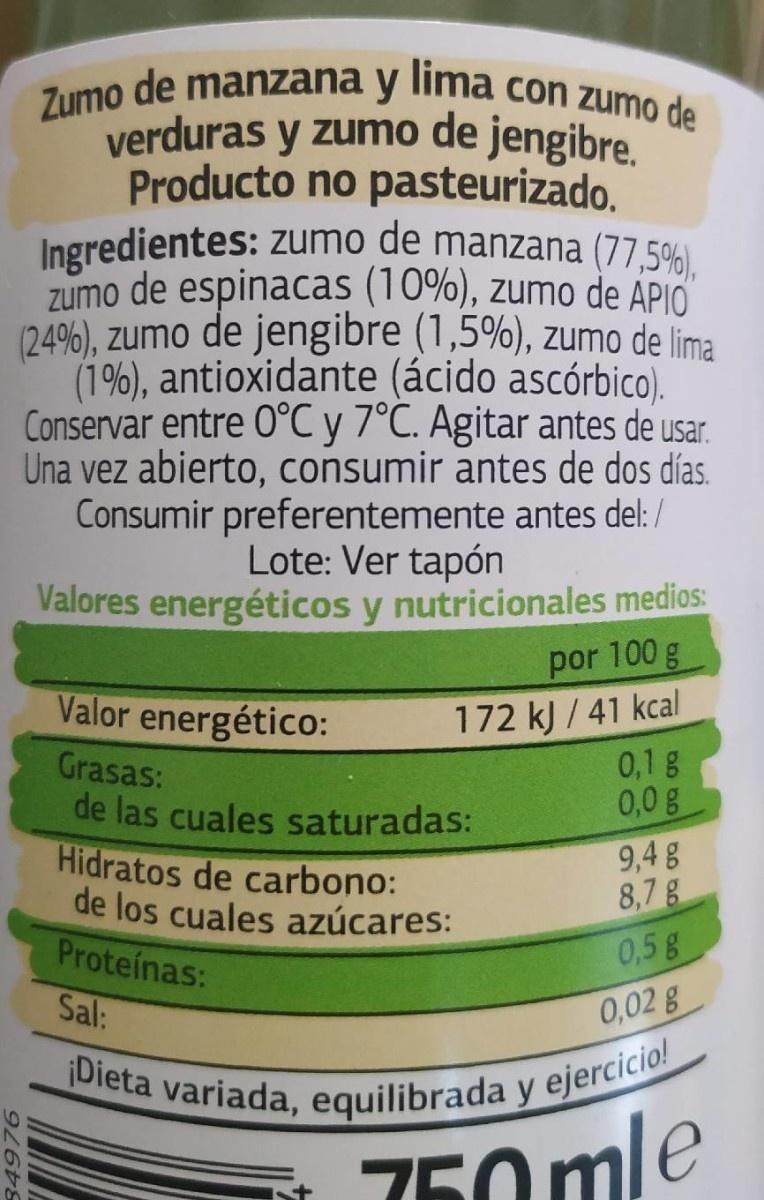
Zumo de manzana y lima con zumo de verduras y zumo de jengibre. Producto no pasteurizado. Ingredientes: zumo de manzana (77,5%) zumo de espinacas (10%), zumo de ÁPIO (24%), zumo de jengibre (1,5%), zumo de lima (1%), antioxidante (ácido ascórbico). Conservar entre 0°C y 7°C. Agitar antes de usar. Una vez abierto, consumir antes de dos días. Consumir preferentemente antes del: Lote: Ver tapón Valores energéticos y nutricionales medios:
por 100 g
172 k) / 41 kcal 0,1 g 0,0g 9,4 8 8,7 g
Valor energético:
Grasas: de las cuales saturadas: Hidratos de carbono: de los cuales azúcares: Proteínas:
0,5g
Sal:
0,02 g
Dieta variada, equilibrada y ejercicio! 750 mle
84976